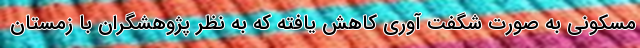
مسکونی به صورت شگفت آوری کاهش یافته که به نظر پژوهشگران با زمستان